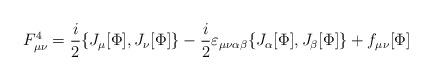
LaTeX: \begin{align*}F_{\mu\nu}^4 =\frac{i}{2}\{J_\mu[\Phi] ,J_\nu[\Phi] \} -\frac{i}{2}\varepsilon_{\mu\nu\alpha\beta}\{J_\alpha[\Phi] ,J_\beta[\Phi] \} +f_{\mu\nu}[\Phi]\end{align*}